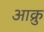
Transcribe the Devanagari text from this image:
आक्रु